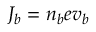
\boldsymbol { J _ { b } } = n _ { b } e \boldsymbol { v _ { b } }